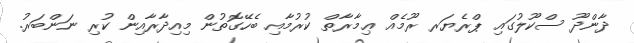
ދާންދޫ ސްކޫލުގައި ޕްރެޔަރ ރޫމެއް ޢިމާރާތް ކުރުމާއި ބެހޭގޮތުން މިއިދާރާއިން ކުރި ނަންބަރު.